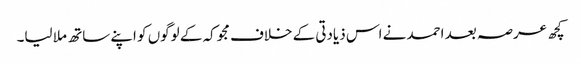
کچھ عرصہ بعد احمد نے اس ذیادتی کے خلاف مجوکہ کے لوگوں کو اپنے ساتھ ملا لیا۔